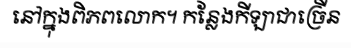
នៅក្នុងពិភពលោក។ កន្លែងកីឡាជាច្រើន